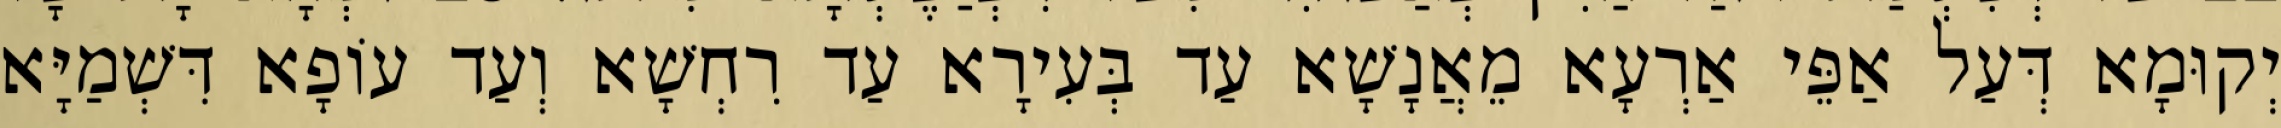
יְקוּמָא דְּעַל אַפֵּי אַרְעָא מֵאֲנָשָׁא עַד בְּעִירָא עַד רִחְשָׁא וְעַד עוֹפָא דִּשְׁמַיָּא